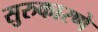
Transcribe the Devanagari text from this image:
सुरुकारणे